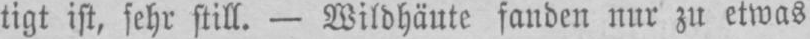
tigt ist, sehr still. - Wildhäute fanden nur zu etwas